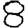
Digit: 8